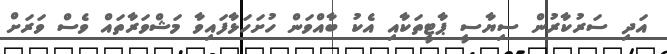
އަދި ސަރުކާރުން ސިޔާސީ ޕާޓީތަކާއި އެކު ބާއްވަން ހުށަހަޅާފައިވާ މަޝްވަރާތައް ވެސް ވަރަށް